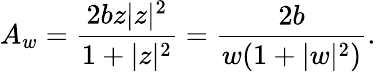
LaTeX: A_{w}=\frac{2bz|z|^{2}}{1+|z|^{2}}=\frac{2b}{w(1+|w|^{2})}.